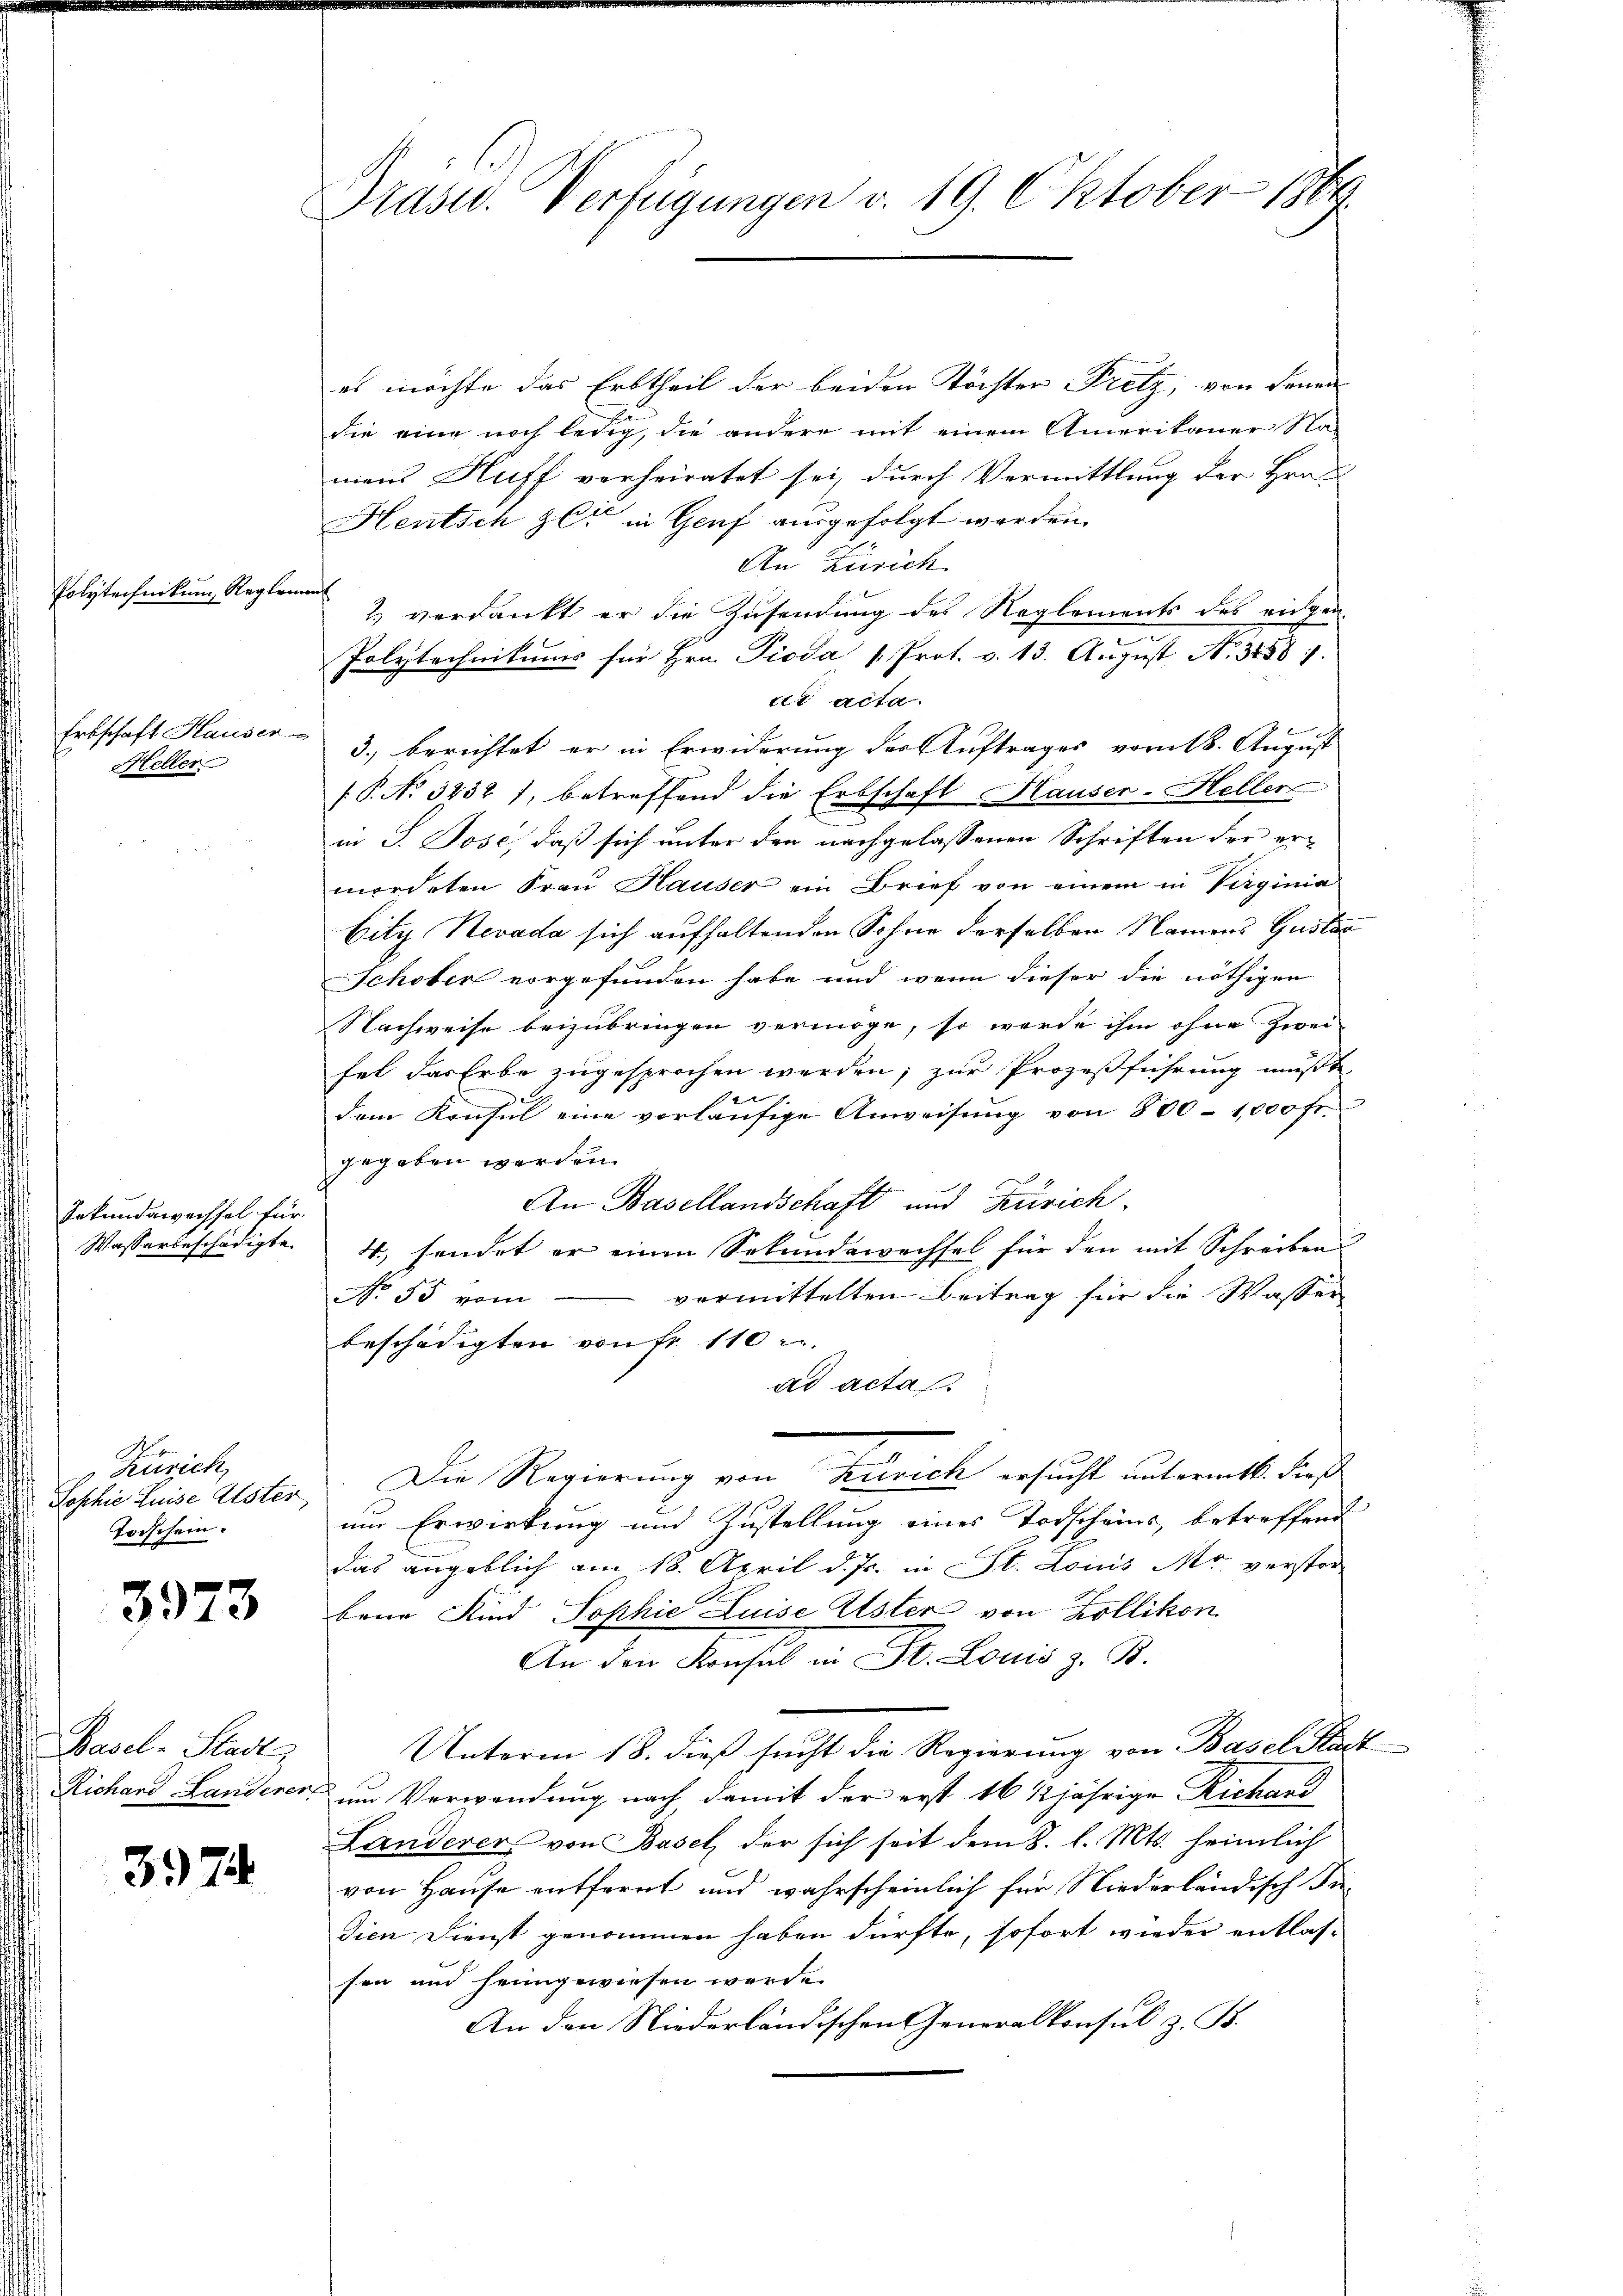
Polytechnikum Reglement

Erbschaft Hauser-
Heller

Inkundawachsel für
Wasserbeschädigte.

Zürich,
Jophie Luise Aster
Torschein.

3973

Basel-Stadt

3974

Prasw. Verfügungen v. 19. Oktober 1869.

es möchte das Erbtheil der beiden Töchter Pretz, von denen
die eine noch ledig, die andere mit einem Amerikaner Na-
mans Huff verheiratet sei, durch Vermittlung der Hrrn
Hentsch zur in Genf ausgefolgt werden.
An Zürich
2 verdankt er die Zusendung des Reglements des eidgen
Polytechnikums für Hrn. Pioda 1. Prot. v. 13. August No 34587.
dr acta.
3.) berichtet er in Erwiderung des Auftrages vom 18. August
.P. No 3232), betreffend die Erbschaft Hauser-Heller
in S. Jose, daß sich unter den nachgelassenen Schriften der ermordeten Frau Hauser ein Brief von einem in Verginia
bity Nevada sich aufhaltenden Sohne derselben Namens Gustan
Schober vorgefunden habe und wenn dieser die nöthigen
Nachweise beizubringen vermöge, so werde ihm ohne Zwei-
fel das Erbe zugesprochen werden; zur Prozeßführung mußte
4xx
de
dem Konsul eine vorläŭfige Anweisŭng von 800 - 1,000 fr.
gegeben werden.
An Basellandschaft und Zürich.
4. sendet er einen Sekundewechsel für den mit Schreiben
vermittelten Beitrag für die Wasser
No 55 vom
beschädigten von fr. 110
ad acta
Die Regierung von Zürich ersucht untermitt. dieß
um Erwirkung und Zustellung eines Todscheins, betreffend
das angeblich am 18. April d. Js. in St. Louis Mr. verstor-
bene Kind Sophie Luise Uster von Zollikon
An den Konsul in St. Louis z. B.
Unterm 18. dieß sucht die Regierung von Basel Stadt
Richard Landerer, um Verwendung nach damit der erst 16 1/2 jährige Richand
Landerer von Basel der sich seit dem 8. l. Mts. heimlich
von Haŭse entfernt und wahrscheinlich für Niederländisch Indien Dienst genommen haben dürfte, sofort wieder entlas-
sen und heimgewiesen werde.
An den Niederländischen Generalkonsul z. B.